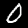
Label: 0